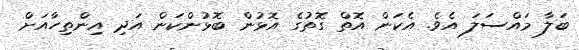
ބަލާ މައްސަލަ އެވެ. އެކަން އޮތް ގޮތުގެ އޮޅުން ބޮޅުންކަން އަދި އިންތިހާއަށް